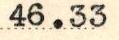
46.33